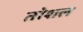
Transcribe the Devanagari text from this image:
तोशल